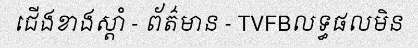
ជើងខាងស្តាំ - ព័ត៌មាន - TVFBលទ្ធផលមិន